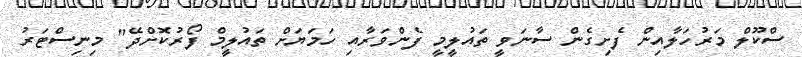
ސްކޫލް މަރުހަލާއިން ފެށިގެން ސާނަވީ ތައުލީމީ ފެންވަރާއި ހަމަޔަށް ތައުލީމް ފޯރުކޮށްދޭ" މިނިސްޓަރު